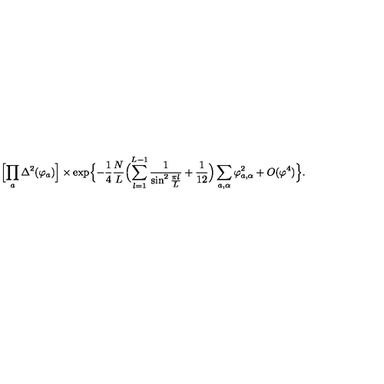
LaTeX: \Bigl [ \prod _ { a } \Delta ^ { 2 } ( \varphi _ { a } ) \Bigr ] \times \exp \Bigl \{ - { \frac { 1 } { 4 } } { \frac { N } { L } } \Bigl ( \sum _ { l = 1 } ^ { L - 1 } { \frac { 1 } { \sin ^ { 2 } { \frac { \pi l } { L } } } } + { \frac { 1 } { 1 2 } } \Bigr ) \sum _ { a , \alpha } \varphi _ { a , \alpha } ^ { 2 } + O ( \varphi ^ { 4 } ) \Bigr \} .